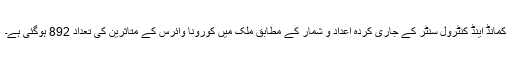
کمانڈ اینڈ کنٹرول سنٹر کے جاری کردہ اعداد و شمار کے مطابق ملک میں کورونا وائرس کے متاثرین کی تعداد 892 ہوگئی ہے۔